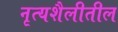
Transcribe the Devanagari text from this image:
नृत्यशैलीतील